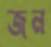
জন